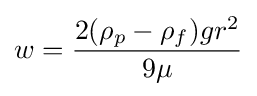
w={\frac {2(\rho _{p}-\rho _{f})gr^{2}}{9\mu }}